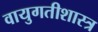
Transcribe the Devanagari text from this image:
वायुगतीशास्त्र